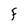
Character: F